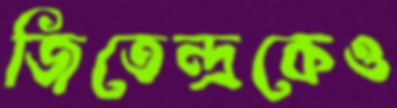
জিতেন্দ্রকেও